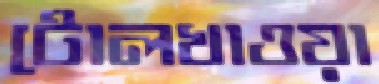
টোলখাওয়া